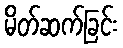
မိတ်ဆက်ခြင်း